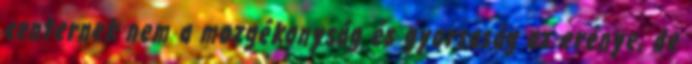
centernek nem a mozgékonyság és gyorsaság az erénye, de